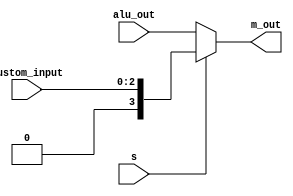
module initialmux(alu_out,custom_input,s,m_out);
	input [3:0] alu_out;
	input [2:0] custom_input;
	input s;
	output reg [3:0] m_out;
	wire [3:0] w;
	
assign w[2:0] = custom_input;
assign w[3] = 0; 
	
always @(*)
begin
	if(s==0)
		m_out = alu_out;
	else 
		m_out = w;
end	
	
endmodule